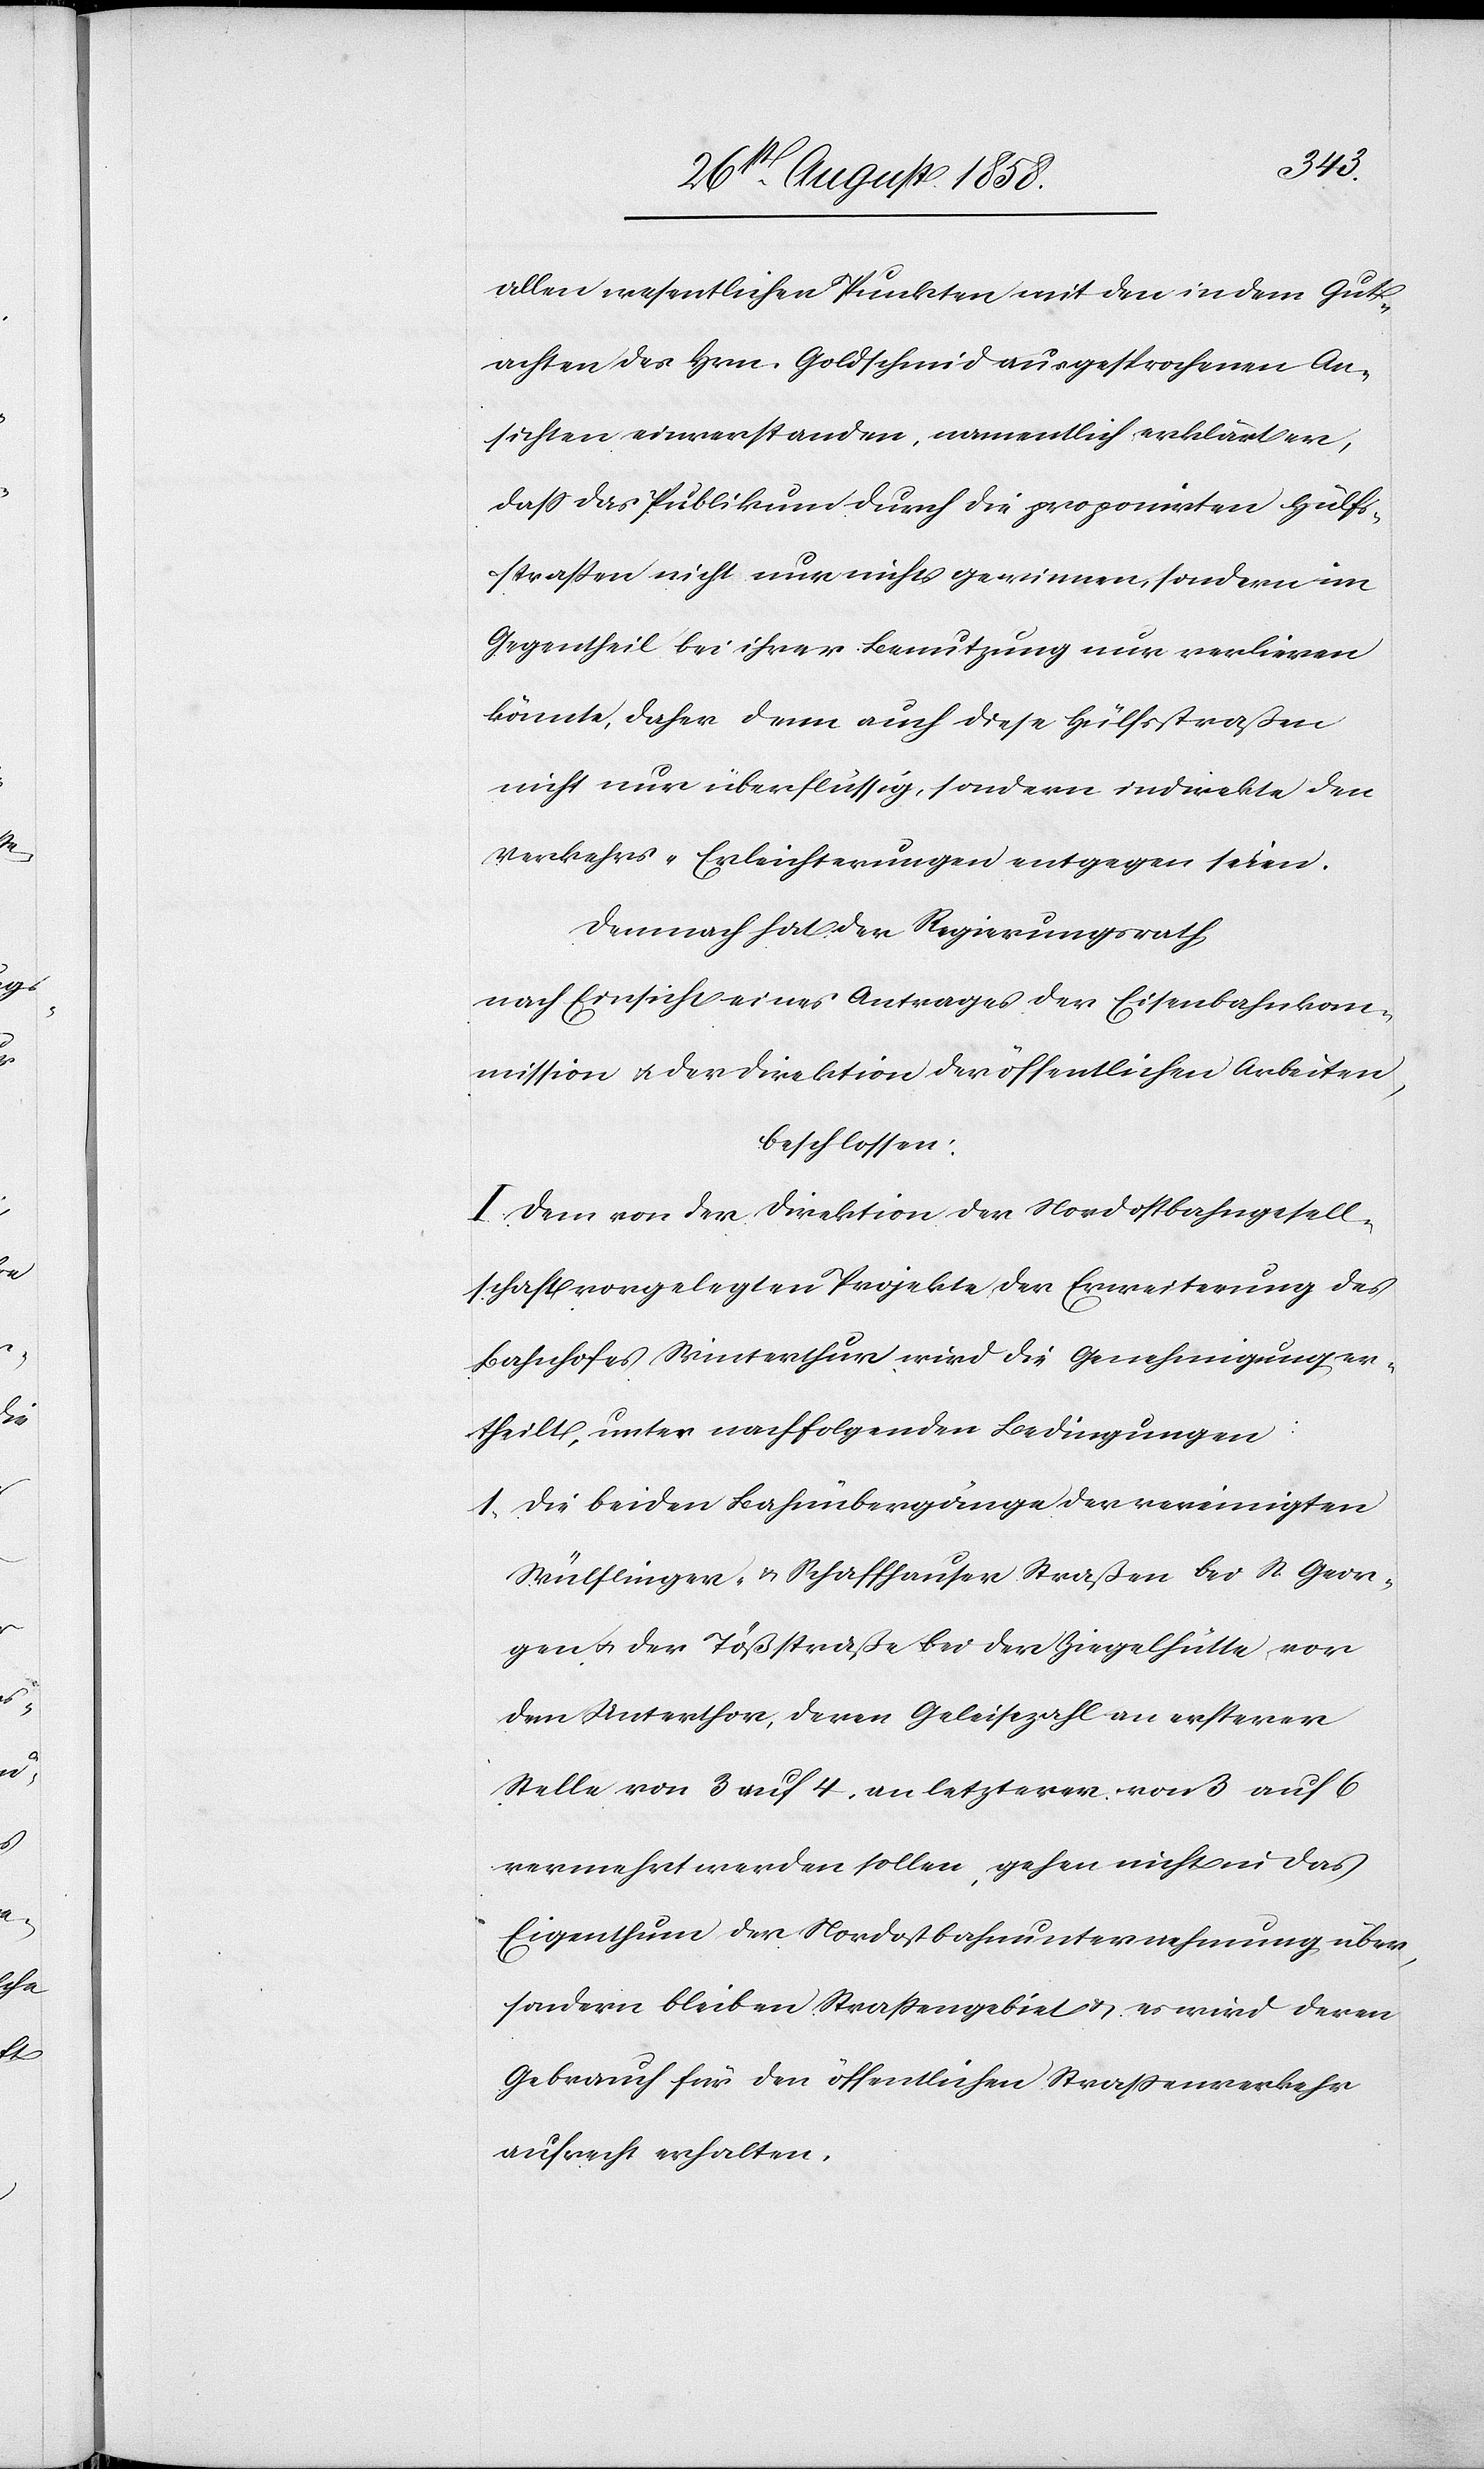
allen wesentlichen Punkten mit den in dem Gut¬
achten des Hrn. Goldschmid ausgesprochenen An¬
sichten einverstanden, namentlich erklärt er,
dass das Publikum durch die proponirten Hülfs¬
straßen nicht nur nichts gewinnen, sondern im
Gegentheil bei ihrer Benutzung nur verlieren
könnte, daher denn auch diese Hülfsstraßen
nicht nur überflüssig, sondern indirekte den
Verkehrs-Erleichterungen entgegen seien.
Demnach hat der Regierungsrath,
nach Einsicht eines Antrages der Eisenbahnkom¬
mission & der Direktion der öffentlichen Arbeiten,
beschlossen:
I. Dem von der Direktion der Nordostbahngesell¬
schaft vorgelegten Projekte der Erweiterung des
Bahnhofes Winterthur wird die Genehmigung er¬
theilt, unter nachfolgenden Bedingungen:
1. Die beiden Bahnübergänge der vereinigten
Wülflinger- & Schaffhauser Straßen bei St. Geor¬
gen & der Tößstraße bei der Ziegelhütte, vor
dem Unterthor, deren Geleisezahl an ersterer
Stelle von 3 auf 4, an letzterer von 3 auf 6
vermehrt werden sollen, gehen nicht in das
Eigenthum der Nordostbahnunternehmung über,
sondern bleiben Strassengebiet & es wird deren
Gebrauch für den öffentlichen Strassenverkehr
aufrecht erhalten.